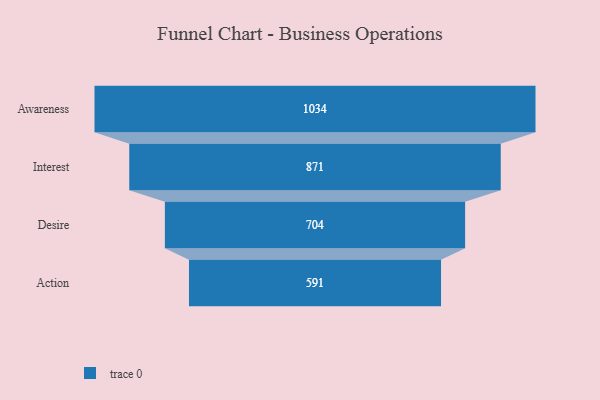
{"axis": {"x": "Stage", "y": "Value"}, "legend": [""], "data": [{"x": "Awareness", "y": 1034.0, "type": ""}, {"x": "Interest", "y": 871.0, "type": ""}, {"x": "Desire", "y": 704.0, "type": ""}, {"x": "Action", "y": 591.0, "type": ""}]}